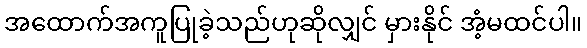
အထောက်အကူပြုခဲ့သည်ဟုဆိုလျှင် မှားနိုင် အံ့မထင်ပါ။